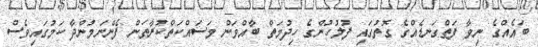
ބައެއްގެ ނިވާ ފަތްގަނޑެއްގެ ގޮތުގައި ފުލުހުންގެ ހިދުމަތް ބާއްވަން މަސައްކަތްކުރާތަން ފެންނަމުންދާ ކަމުގައިވެސް